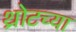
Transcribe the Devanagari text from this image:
थ्रोटच्या